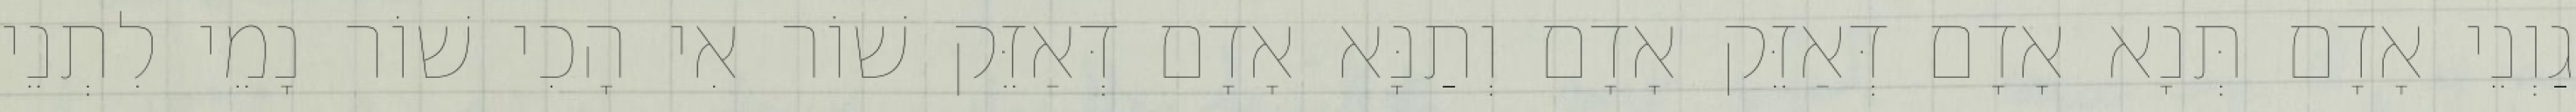
גַוְנֵי אָדָם תְּנָא אָדָם דְּאַזֵּק אָדָם וְתַנָּא אָדָם דְּאַזֵּק שׁוֹר אִי הָכִי שׁוֹר נָמֵי לִתְנֵי